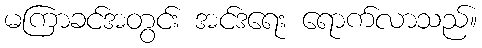
မကြာခင်အတွင်း အင်ဒရေး ရောက်လာသည်။